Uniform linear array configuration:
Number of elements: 4
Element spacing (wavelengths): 0.25
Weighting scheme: hann
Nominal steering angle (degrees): -30
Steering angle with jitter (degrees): -28.203
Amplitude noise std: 0.05
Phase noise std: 0.05

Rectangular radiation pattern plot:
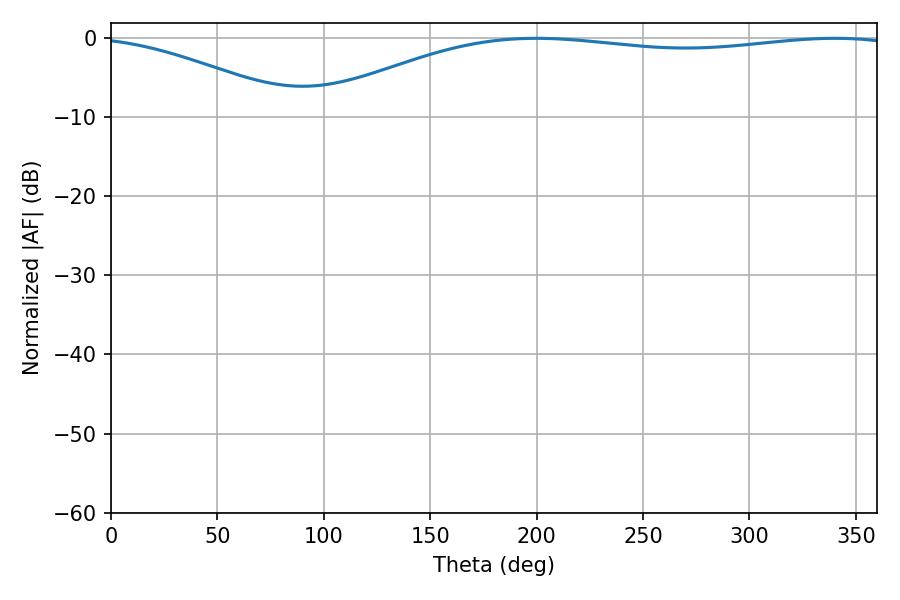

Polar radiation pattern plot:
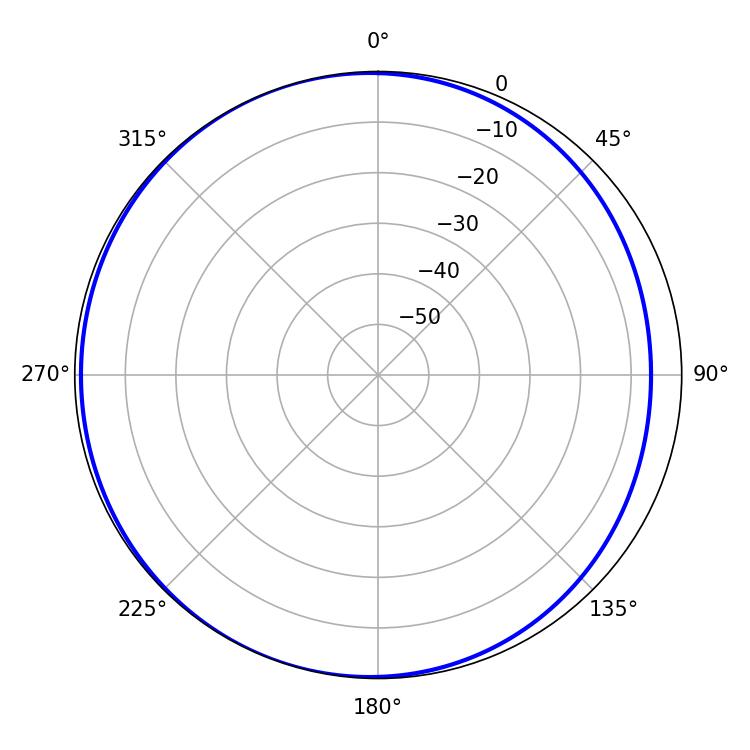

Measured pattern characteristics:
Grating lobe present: FALSE
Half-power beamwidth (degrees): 221.4
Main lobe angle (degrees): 199.8